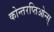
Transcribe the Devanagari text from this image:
कोन्तरप्तिओन्स्